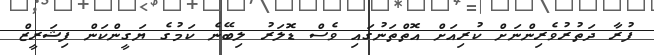
ފުރާ ދަތުރުވެރިންނަށް ކުރިއަށް އޮތްތަނުގައި ވެސް ޑޮލަރު ލިބޭނެ ކަމުގެ ޔަގީންކަން ފިޝަރީޒް